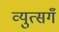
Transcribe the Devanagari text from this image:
व्युत्सगँ